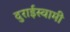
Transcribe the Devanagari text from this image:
दुराईस्वामी